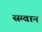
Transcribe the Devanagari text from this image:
सग्वान